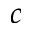
c